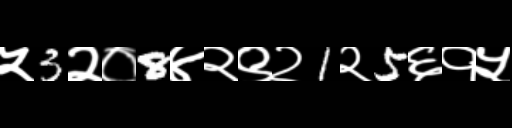
Text: ५3२०8४२९२1२5६१५